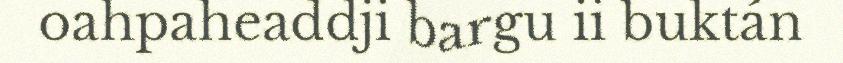
oahpaheaddji bargu ii buktán